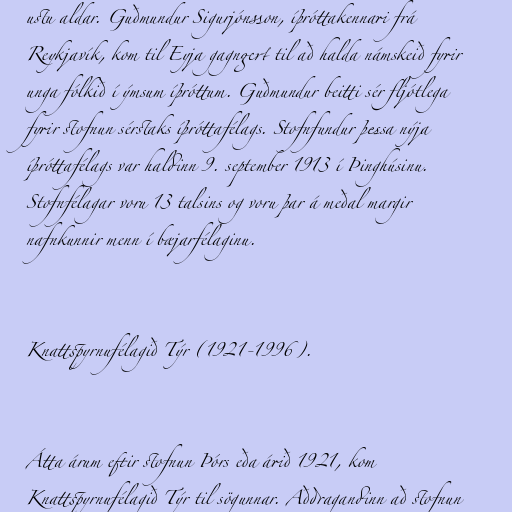
ustu aldar. Guðmundur Sigurjónsson, íþróttakennari frá
Reykjavík, kom til Eyja gagngert til að halda námskeið fyrir
unga fólkið í ýmsum íþróttum. Guðmundur beitti sér fljótlega
fyrir stofnun sérstaks íþróttafélags. Stofnfundur þessa nýja
íþróttafélags var haldinn 9. september 1913 í Þinghúsinu.
Stofnfélagar voru 13 talsins og voru þar á meðal margir
nafnkunnir menn í bæjarfélaginu.

Knattspyrnufélagið Týr (1921-1996).

Átta árum eftir stofnun Þórs eða árið 1921, kom
Knattspyrnufélagið Týr til sögunnar. Aðdragandinn að stofnun